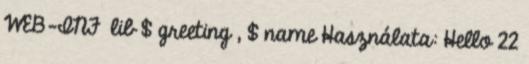
WEB-INF lib $ greeting , $ name Használata: Hello 22